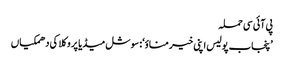
پی آئی سی حملہ
’پنجاب پولیس اپنی خیر مناؤ‘: سوشل میڈیا پر وکلا کی دھمکیاں